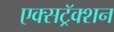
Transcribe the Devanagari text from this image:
एक्सट्रॅक्शन